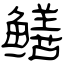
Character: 鳝